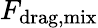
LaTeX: F_{\mathrm{drag,mix}}